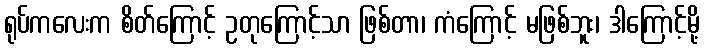
ရုပ်ကလေးက စိတ်ကြောင့် ဥတုကြောင့်သာ ဖြစ်တာ၊ ကံကြောင့် မဖြစ်ဘူး၊ ဒါကြောင့်မို့